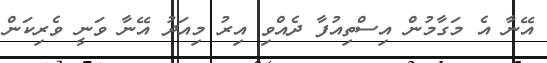
އޭނާ އެ މަގާމުން އިސްތިއުފާ ދެއްވި އިރު މިއަދު އޭނާ ވަނީ ވެރިކަން